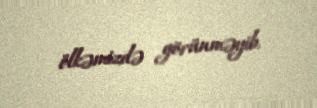
ölkəmizdə görünməyib.